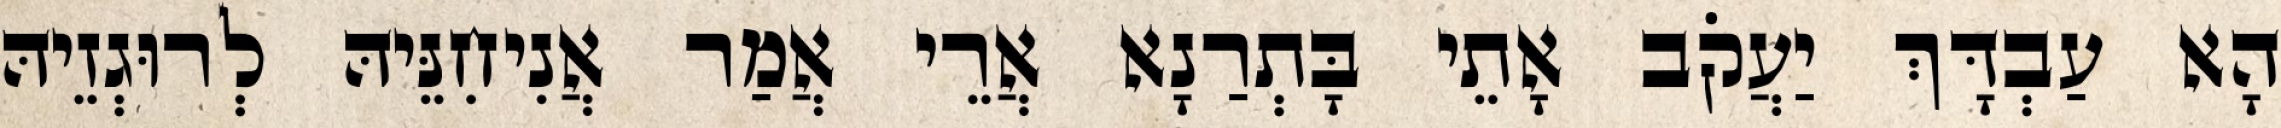
הָא עַבְדָּךְ יַעֲקֹב אָתֵי בָּתְרַנָא אֲרֵי אֲמַר אֲנִיחִנֵּיהּ לְרוּגְזֵיהּ